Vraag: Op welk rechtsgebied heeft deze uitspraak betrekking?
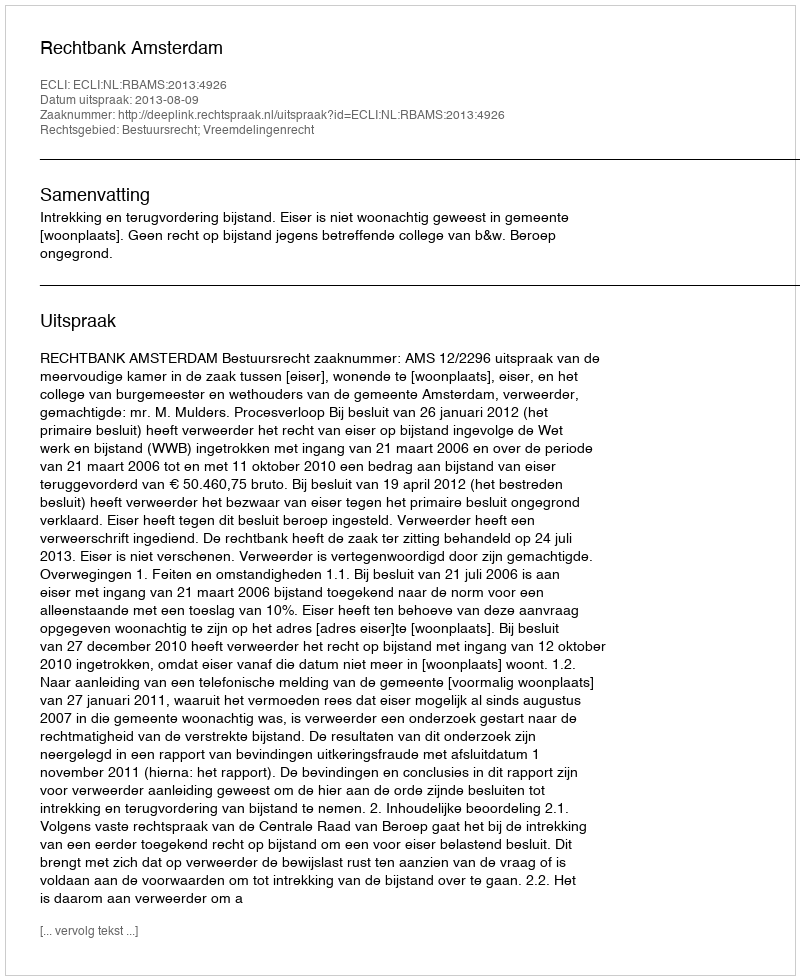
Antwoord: Bestuursrecht; Vreemdelingenrecht